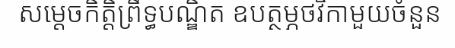
សម្តេចកិត្តិព្រឹទ្ធបណ្ឌិត ឧបត្ថម្ភថវិកាមួយចំនួន